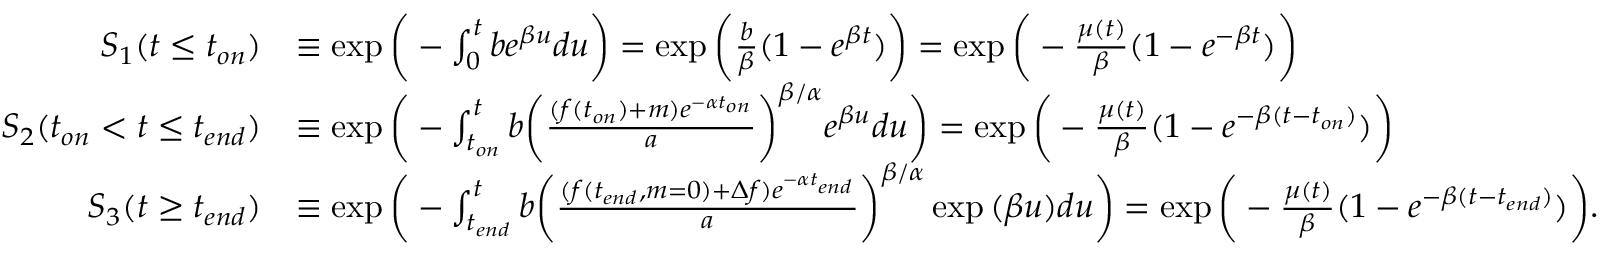
\begin{array} { r l } { S _ { 1 } ( t \leq t _ { o n } ) } & { \equiv \exp { \bigg ( - \int _ { 0 } ^ { t } b e ^ { \beta u } d u \bigg ) } = \exp { \bigg ( \frac { b } { \beta } ( 1 - e ^ { \beta t } ) \bigg ) } = \exp { \bigg ( - \frac { \mu ( t ) } { \beta } ( 1 - e ^ { - \beta t } ) \bigg ) } } \\ { S _ { 2 } ( t _ { o n } < t \leq t _ { e n d } ) } & { \equiv \exp { \bigg ( - \int _ { t _ { o n } } ^ { t } b \bigg ( \frac { ( f ( t _ { o n } ) + m ) e ^ { - \alpha t _ { o n } } } { a } \bigg ) ^ { \beta / \alpha } e ^ { \beta u } d u \bigg ) } = \exp { \bigg ( - \frac { \mu ( t ) } { \beta } ( 1 - e ^ { - \beta ( t - t _ { o n } ) } ) \bigg ) } } \\ { S _ { 3 } ( t \geq t _ { e n d } ) } & { \equiv \exp { \bigg ( - \int _ { t _ { e n d } } ^ { t } b \bigg ( \frac { ( f ( t _ { e n d } , m = 0 ) + \Delta f ) e ^ { - \alpha t _ { e n d } } } { a } \bigg ) ^ { \beta / \alpha } \exp { ( \beta u ) } d u \bigg ) } = \exp { \bigg ( - \frac { \mu ( t ) } { \beta } ( 1 - e ^ { - \beta ( t - t _ { e n d } ) } ) \bigg ) } . } \end{array}